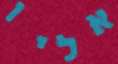
אליו